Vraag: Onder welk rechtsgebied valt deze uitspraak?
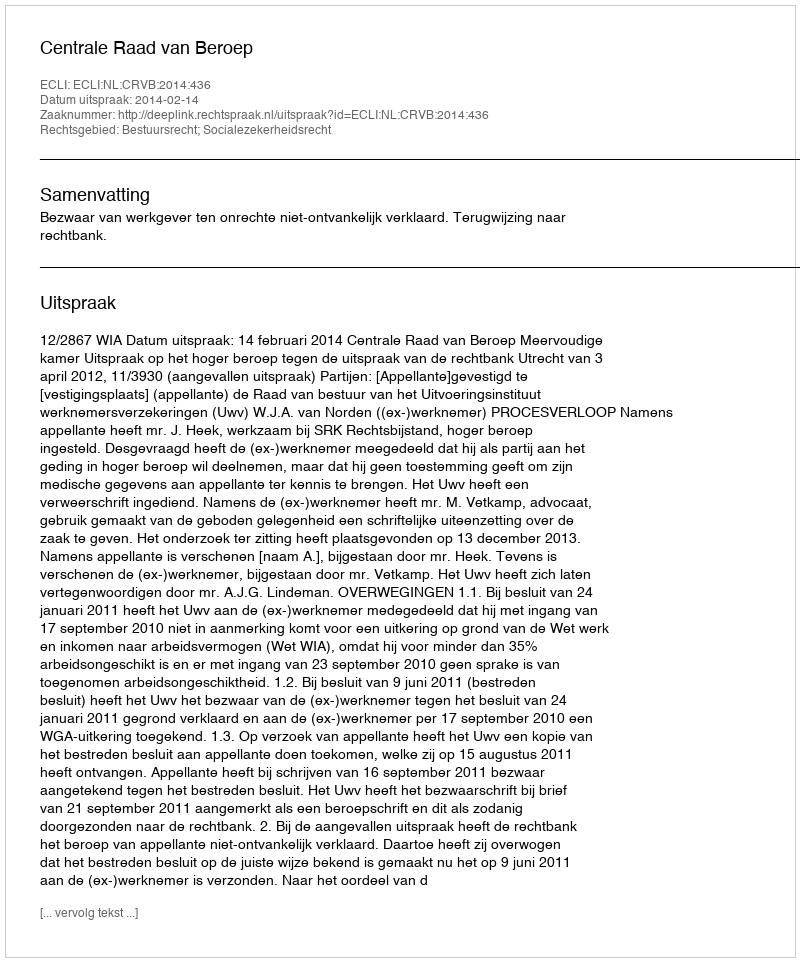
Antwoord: Bestuursrecht; Socialezekerheidsrecht